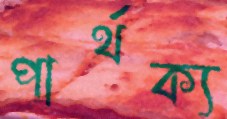
পার্থক্য